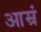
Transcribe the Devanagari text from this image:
आम्रं